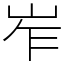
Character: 岝